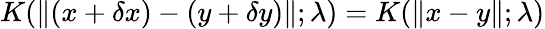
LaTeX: K(\| (x+\delta x)-(y+\delta y)\| ;\lambda)=K(\| x-y\| ;\lambda)